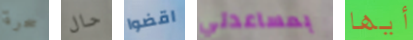
سحرة حال اقضوا بمساعدتي أيها